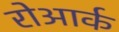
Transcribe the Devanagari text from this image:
रोआर्क